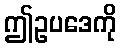
ဤဥပဒေကို